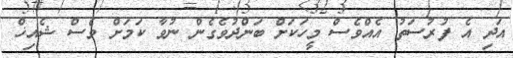
އަދި އެ ފުރުސަތު އެއްވެސް މީހަކަށް ބަންދުވެގެން ނުވާ ކަމަށް ވެސް ޝެއިޚް